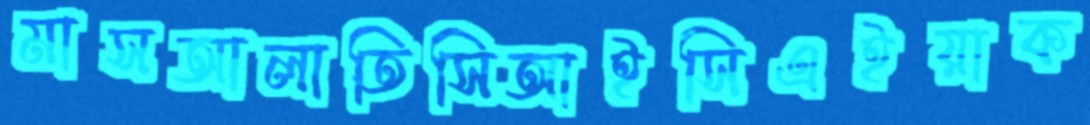
মাসআলাতিসিআইসিএইয়াক